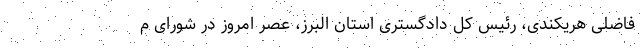
فاضلی هریکندی، رئیس کل دادگستری استان البرز، عصر امروز در شورای م